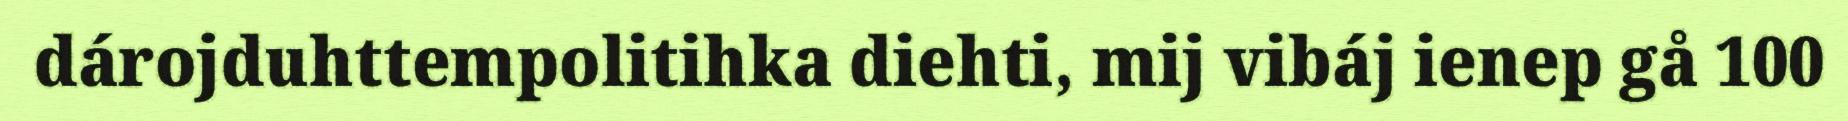
dárojduhttempolitihka diehti, mij vibáj ienep gå 100